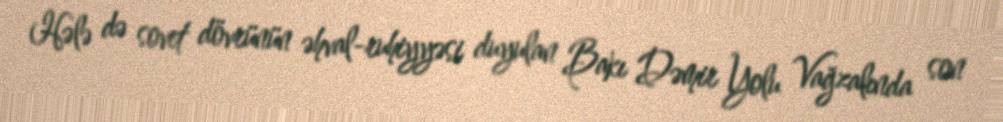
Hələ də sovet dövrünün əhval-ruhiyyəsi duyulan Bakı Dəmir Yolu Vağzalında son